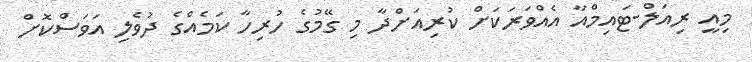
މިއީ ރިއަލް-ޓައިމްއާ އެއްވަރަކަށް ކުރިއަށްދާ މި ގޭމުގެ ހުރިހާ ކަމެއްގެ ދުވެލި އަވަސްކޮށް